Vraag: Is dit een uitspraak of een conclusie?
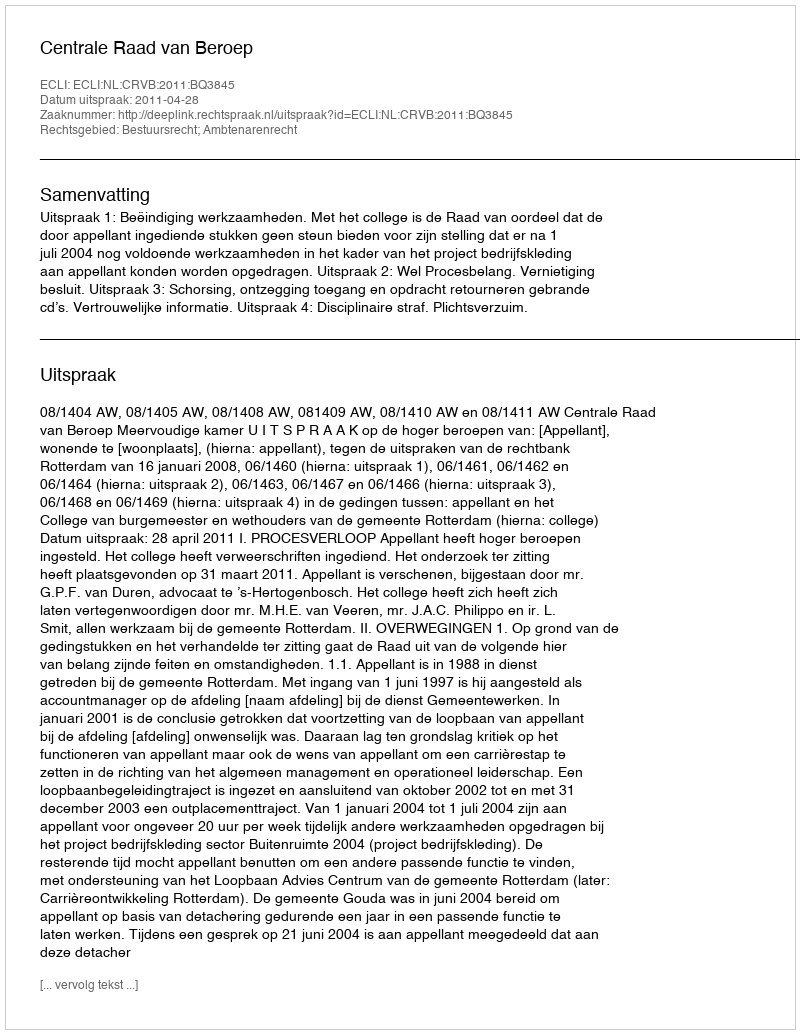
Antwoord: Uitspraak